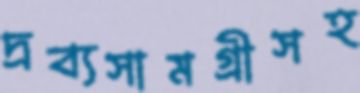
দ্রব্যসামগ্রীসহ